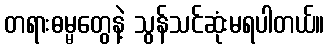
တရားဓမ္မတွေနဲ့ သွန်သင်ဆုံးမရပါတယ်။